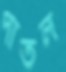
পাতল